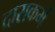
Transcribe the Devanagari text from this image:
दासकर्म